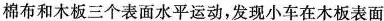
棉布和木板三个表面水平运动，发现小车在木板表面